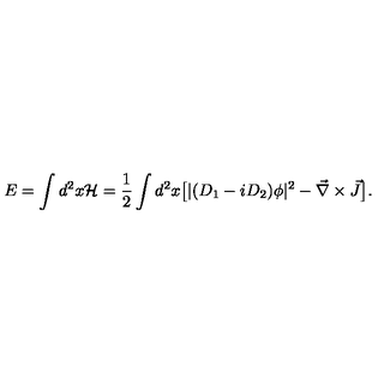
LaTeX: E = \int d ^ { 2 } x { \cal H } = { \frac { 1 } { 2 } } \int d ^ { 2 } x \big [ | ( D _ { 1 } - i D _ { 2 } ) \phi | ^ { 2 } - { \vec { \nabla } \times \vec { J } } \big ] .